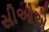
સીઓએ